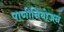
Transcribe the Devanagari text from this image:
पाणीनियोजन